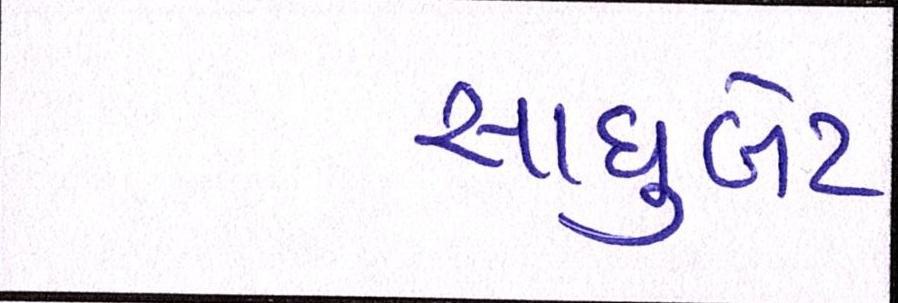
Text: સાધુબેટ